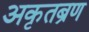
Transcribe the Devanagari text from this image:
अकृतब्रण